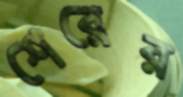
শেরের